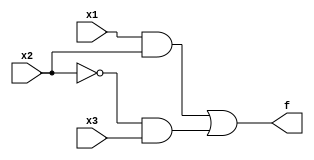
module task1_behavioural(x1, x2, x3, f);
input x1, x2, x3;
output f;
assign f = (x1 & x2) | (~x2 & x3);
endmodule